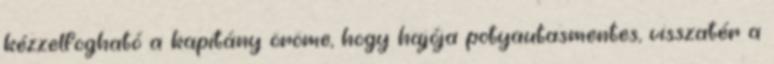
kézzelfogható a kapitány öröme, hogy hajója potyautasmentes, visszatér a